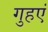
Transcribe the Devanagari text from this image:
गुहएं